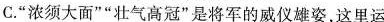
C.”浓须大面””壮气高冠”是将军的威仪雄姿，这里运